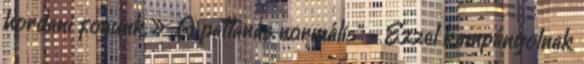
hordani fogunk » „A pattanás normális” - Ezzel kampányolnak